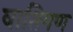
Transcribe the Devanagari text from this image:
वातिगण